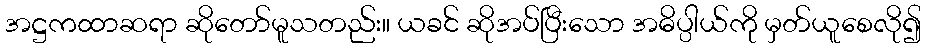
အဋ္ဌကထာဆရာ ဆိုတော်မူသတည်း။ ယခင် ဆိုအပ်ပြီးသော အဓိပ္ပါယ်ကို မှတ်ယူစေလို၍